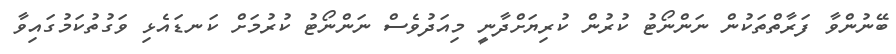
ބޭނުންވާ ފަރާތްތަކުން ނަންނޯޓު ކުރުން ކުރިޔަށްދާނީ މިއަދުވެސް ނަންނޯޓު ކުރުމަށް ކަނޑައެޅި ވަގުތުކަމުގައިވާ